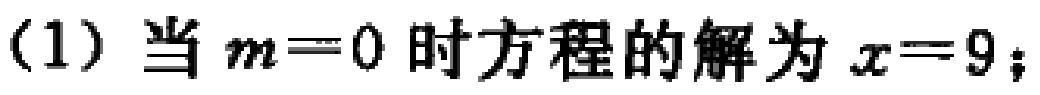
（1）当 \(m = 0\) 时方程的解为 \(x = 9\)；